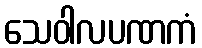
သေဝါလပဏကံ